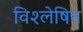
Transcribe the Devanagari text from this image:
विश्‍लेषित